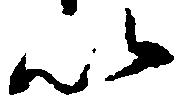
以